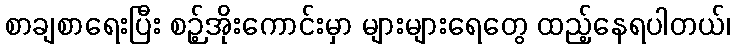
စာချစာရေးပြီး စဉ့်အိုးကောင်းမှာ များများရေတွေ ထည့်နေရပါတယ်၊